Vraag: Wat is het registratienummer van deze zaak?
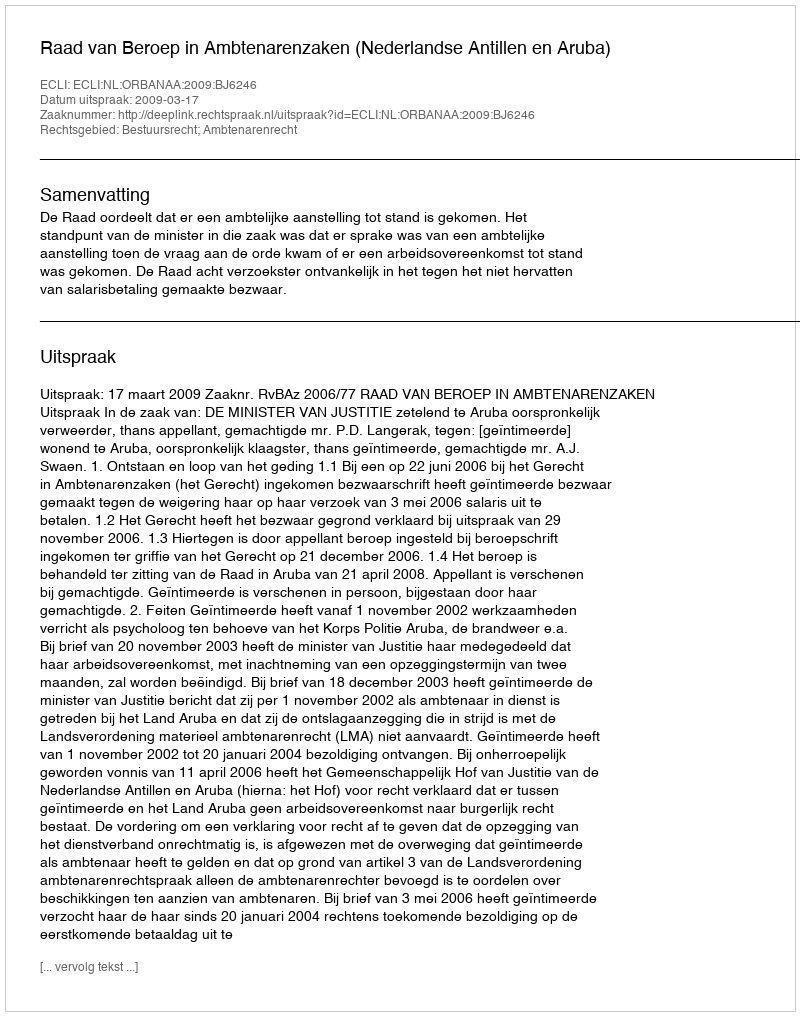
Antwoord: http://deeplink.rechtspraak.nl/uitspraak?id=ECLI:NL:ORBANAA:2009:BJ6246